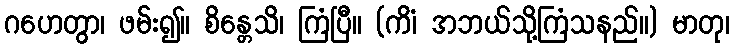
ဂဟေတွာ၊ ဖမ်း၍။ စိန္တေသိ၊ ကြံပြီ။ (ကိံ၊ အဘယ်သို့ကြံသနည်။) မာတု၊